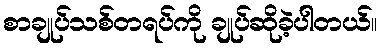
စာချုပ်သစ်တရပ်ကို ချုပ်ဆိုခဲ့ပါတယ်။